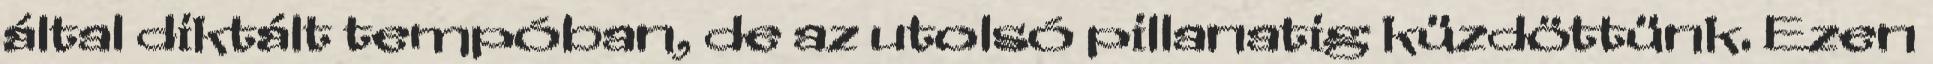
által diktált tempóban, de az utolsó pillanatig küzdöttünk. Ezen